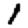
Digit: 1